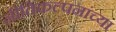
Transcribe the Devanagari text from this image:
नीतिकल्पनांच्या